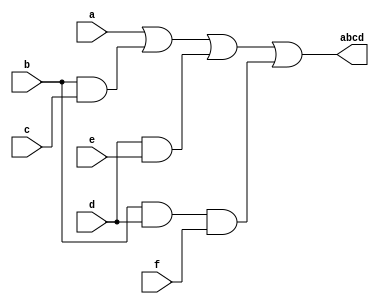
module bitg(
       input wire a,b,c,d,e,f,
       output wire abcd 
    );
    
    
    // CODE BELOW IS COMbining both the greater than and equal to karnmaugh maps to get the correct logic(>=)
    //again this code was alterned from preivous lab as we only comparing a 6 bit number rather than 8!
    assign abcd = (a)| (b&&c) | (d&&e) ||  (b&&d&&f);
   
    
endmodule